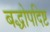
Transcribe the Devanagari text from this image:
बद्धोपदिष्ट